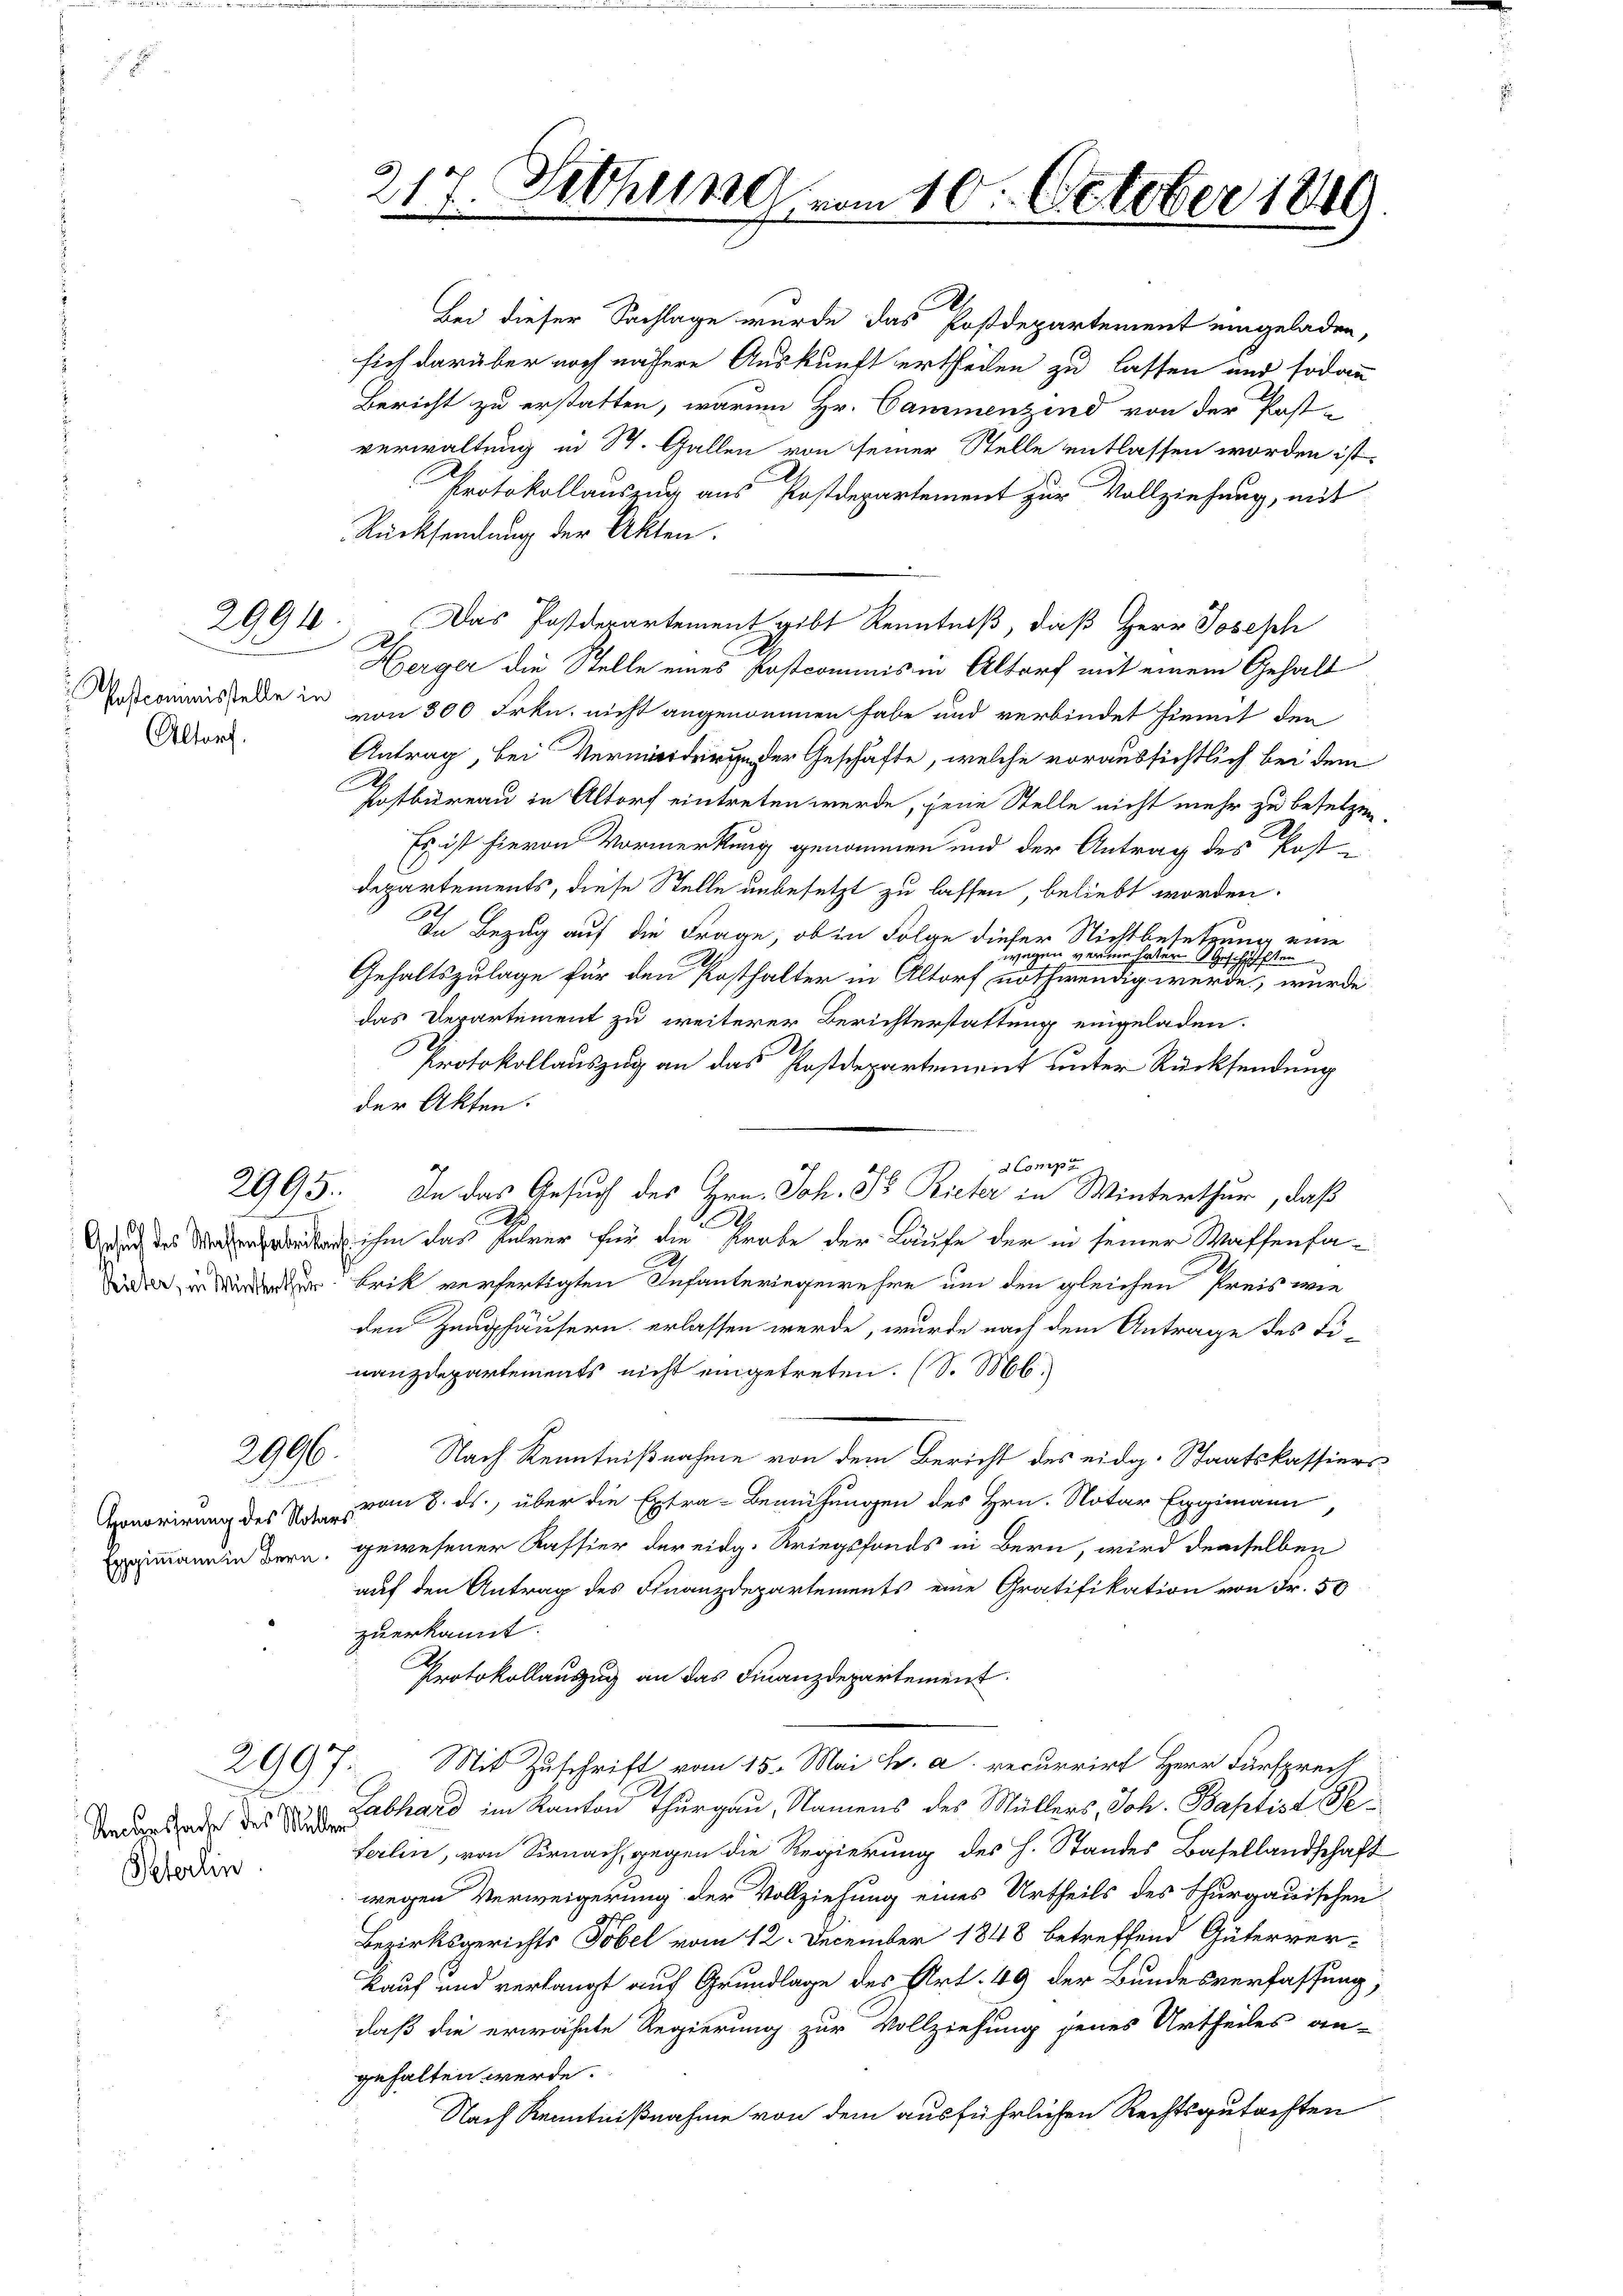
Altorf.

2991

2995.
d

2996

2997.

Recurssache des Müller
Peterlin.

D
Bei dieser Sachlage wurde das Postdepartement eingeladen,
sich darüber noch nähere Auskunft ertheilen zu lassen und sodann
Bericht zu erstatten, warum Hr. Cammenzind von der Post-
verwaltung in St. Gallen von seiner Stelle entlassen worden ist.
Protokollauszug aus Postdepartement zur Vollziehung, mit
Rücksendung der Akten.
.
Herger die Stelle eines Postcommis in Altorf mit einem Gehalt
oscominis siebe in von 300 Frkn. nicht angenommen habe und verbindet hiemit den
Antrag, bei Verer Geschäfte, welche voraussichtlich bei dem
A
Postbureau in Altorf eintreten werde, seine Stelle nicht mehr zu besetzen.
Es ist hievon Vormerkung genommen und der Antrag des Post-
departements, diese Stelle unbesetzt zu lassen, beliebt worden.
.
In Bezug auf die Frage, ob in Folge dieser Nichtbesetzung eine
wegen verme haten Geschäften
Gehaltszulage für den Posthalter in Altorf nothwendig werde, wurde
das Departement zu weiterer Berichterstattung eingeladen.
Protokollauszug an das Postdepartement unter Rücksendung
der Akten.
d Compt
S
 ihm das führer für die Probe der Laufe der in seiner Waffenfa-
deder in der Brik verfertigten Infanteringewehre um den gleichen Preis wie
den Zeughäusern erlassen werde, wurde nach dem Antrage des Fi-
nanzdepartements nicht eingetreten. (S. M.
Nach Kenntnißnahme von dem Bericht des eidg. Staatskassiers¬
Honorirung des N. vom 8. ds., über die Extra-Bemühungen des Hrn. Notar Eggimann
primann in Bern, gewesener Kassier der eidg. Kriegsfonds in Bern, wird demselben
auf den Antrag des Finanzdepartements eine Gratifikation von Fr. 50
zuerkannt.
Protokollauszug an das Finanzdepartement.
des
Mit Zuschrift vom 15. Mai h. a. recurrirt Herr Fürsprech
 Labhard im Kanton Thurgau, Namens des Müllers, Joh. Baptist Peferlin, von Sirnach, gegen die Regierung des H. Standes Basellandschaft
wegen Verweigerung der Vollziehung eines Urtheils des Thurgauischen
Bezirksgerichts Tobel vom 12. December 1848 betreffend Güterver-
kauf und verlangt auf Grundlage des Art. 49 der Bundesverfassung,
daß die erwähnte Regierung zur Vollziehung jenes Urtheiles an-
gehalten werde.
Nach Kenntnißnahme von dem ausführlichen Rechtsgutachten

217. Sichern vom 10. October 184

Das Postdepartement gibt Kenntniß, daß Herr Joseph

In das Gesuch des Hrn. Joh. So Rieter in Winterthur, daß